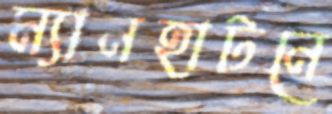
ম্যানহাটনে